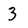
Character: 3